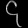
Digit: ၄